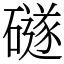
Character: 礈